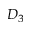
D _ { 3 }